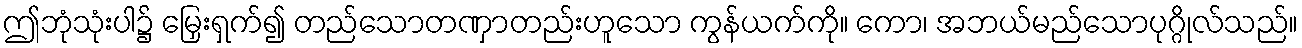
ဤဘုံသုံးပါ၌ မြှေးရှက်၍ တည်သောတဏှာတည်းဟူသော ကွန်ယက်ကို။ ကော၊ အဘယ်မည်သောပုဂ္ဂိုလ်သည်။